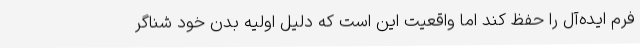
فرم ایده‌آل را حفظ کند اما واقعیت این است که دلیل اولیه بدن خود شناگر